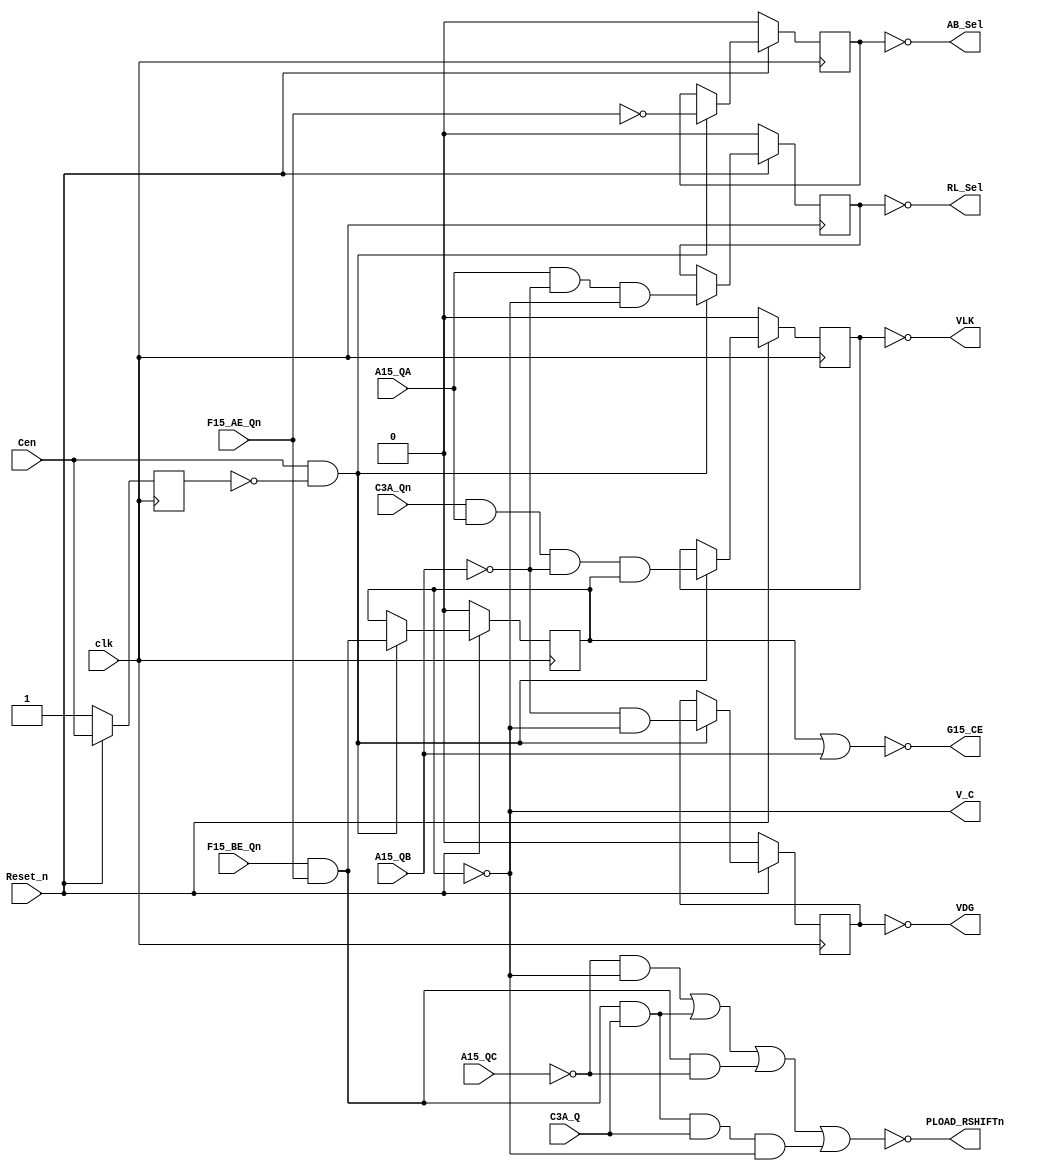
//Ikari Warriors A5004-1 PAL16R6 (same as Athena A6001-1 PAL16R6)
//Converted from Ikari-A5004-1-GAL.jed using MAME's jedutil tool
//Many thanks to @Porchy and pldarchive.co.uk for the JED files.
`default_nettype none
`timescale 1ns/1ps

module A5004_1 (
    Reset_n,
    clk, //1
    //(*direct_enable*) Cen, //Clock enable
    Cen, //Clock enable
    F15_BE_Qn, //2 
    C3A_Q, //3
    F15_AE_Qn,  //4
    C3A_Qn, //5
    A15_QA, //6
    A15_QB, //7
    A15_QC, //8
    PLOAD_RSHIFTn, //12 
    VDG, //14
    RL_Sel, //15
    VLK, //16
    AB_Sel, //17
    V_C, //18
    G15_CE //19
);
    input wire Reset_n;
    input wire clk;
    input wire Cen;
    input wire F15_BE_Qn;
    input wire C3A_Q;
    input wire F15_AE_Qn;
    input wire C3A_Qn;
    input wire A15_QA;
    input wire A15_QB;
    input wire A15_QC;
    output wire PLOAD_RSHIFTn;
    output wire VDG;
    output wire RL_Sel;
    output wire VLK;
    output wire AB_Sel;
    output wire V_C;
    output wire G15_CE;

    reg rVDG, rRL_Sel, rVLK, rAB_Sel, rV_C;
    wire rVDGn, rRL_Seln, rVLKn, rAB_Seln, rV_Cn;
    wire rVDGneg, rRL_Selneg, rVLKneg, rAB_Selneg, rV_Cneg;
    wire VDGterm, RL_Selterm, VLKterm, AB_SELterm, V_Cterm;
    wire A15_QCn, A15_QBn;
    wire F15_AE_Q;
	
    assign  A15_QCn = ~A15_QC;
    assign  A15_QBn = ~A15_QB;
    assign  F15_AE_Q = ~F15_AE_Qn; //fix temporal, check and delete this

    assign  PLOAD_RSHIFTn = ~((                                       A15_QCn & rV_Cn) |
                              (F15_BE_Qn &      F15_AE_Qn &           C3A_Q          ) |
                              (F15_BE_Qn &      F15_AE_Qn &           A15_QCn        ) |
                              (F15_BE_Qn &      F15_AE_Qn & C3A_Q   & C3A_Q   & rV_Cn));

    //------------------------------------------------------
    assign  VDGterm = A15_QBn & rV_Cn;
    
    reg last_cen;
    always @(posedge clk) begin
        if (!Reset_n) begin
            rVDG     <= 1'b0;
            rRL_Sel  <= 1'b0;
            rVLK     <= 1'b0;
            rAB_Sel  <= 1'b0;
            rV_C     <= 1'b0;
            last_cen <= 1'b1;
        end
        else begin
            last_cen <= Cen;
            if(Cen && !last_cen)  begin //trigger on positive edge change
                rVDG    <= VDGterm;
                rRL_Sel <= RL_Selterm;
                rVLK    <= VLKterm;
                rAB_Sel <= AB_SELterm;
                rV_C    <= V_Cterm;
            end
        end
    end

    assign  rVDGn = ~rVDG;
    assign  rVDGneg = ~rVDGn;
    assign  VDG = ~rVDG;
    //------------------------------------------------------

    assign  RL_Selterm = A15_QA & A15_QBn & rV_Cn; //FIXED

    assign  rRL_Seln = ~rRL_Sel;
    assign  rRL_Selneg = ~rRL_Seln;
    assign  RL_Sel = ~rRL_Sel;

    //------------------------------------------------------
    assign  VLKterm = C3A_Qn & A15_QA & A15_QBn & rV_Cneg; //FIXED

    assign  rVLKn = ~rVLK;
    assign  rVLKneg = ~rVLKn;
    assign  VLK = ~rVLK;
    //------------------------------------------------------
    assign  AB_SELterm = F15_AE_Q; //negated of F15_AE_Qn
    
    assign  rAB_Seln = ~rAB_Sel;
    assign  rAB_Selneg = ~rAB_Seln;
    assign  AB_Sel = ~rAB_Sel;

    //------------------------------------------------------
    assign  V_Cterm = F15_BE_Qn & F15_AE_Qn;

    assign  rV_Cn = ~rV_C;
    assign  rV_Cneg = ~rV_Cn;
    assign  V_C = ~rV_C;

    //------------------------------------------------------
    assign  G15_CE = ~(rV_Cneg | A15_QB); //FIXED: infered from logic analyzer capture

endmodule